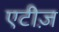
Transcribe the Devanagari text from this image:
एटीज़